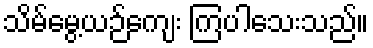
သိမ်မွေ့ယဉ်ကျေး ကြပါသေးသည်။